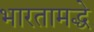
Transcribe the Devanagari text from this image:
भारतामद्धे